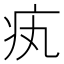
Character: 𤴯